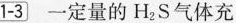
1-3 一定量的H_{2}S气体充